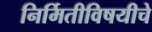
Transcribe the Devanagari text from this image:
निर्मितीविषयीचे